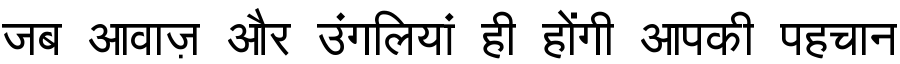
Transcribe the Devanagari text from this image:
जब आवाज़ और उंगलियां ही होंगी आपकी पहचान